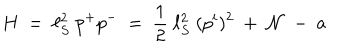
H ~ = ~ \ell _ { S } ^ { 2 } ~ p ^ { + } p ^ { - } ~ = ~ \frac { 1 } { 2 } ~ \ell _ { S } ^ { 2 } ~ ( p ^ { i } ) ^ { 2 } ~ + ~ { \cal N } ~ - ~ a